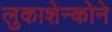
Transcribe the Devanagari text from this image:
लुकाशेन्कोने